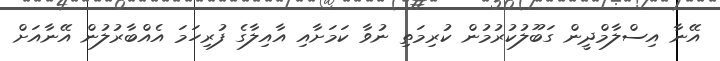
އޭނާ އިސްލާމްދީން ގަބޫލުކުރުމުން ކުރިމަތި ނުވާ ކަމަށާއި އާއިލާގެ ފުރިހަމަ އެއްބާރުލުން އޭނާއަށް